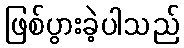
ဖြစ်ပွားခဲ့ပါသည်